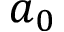
a _ { 0 }